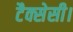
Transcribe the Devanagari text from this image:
टैक्सेसी।